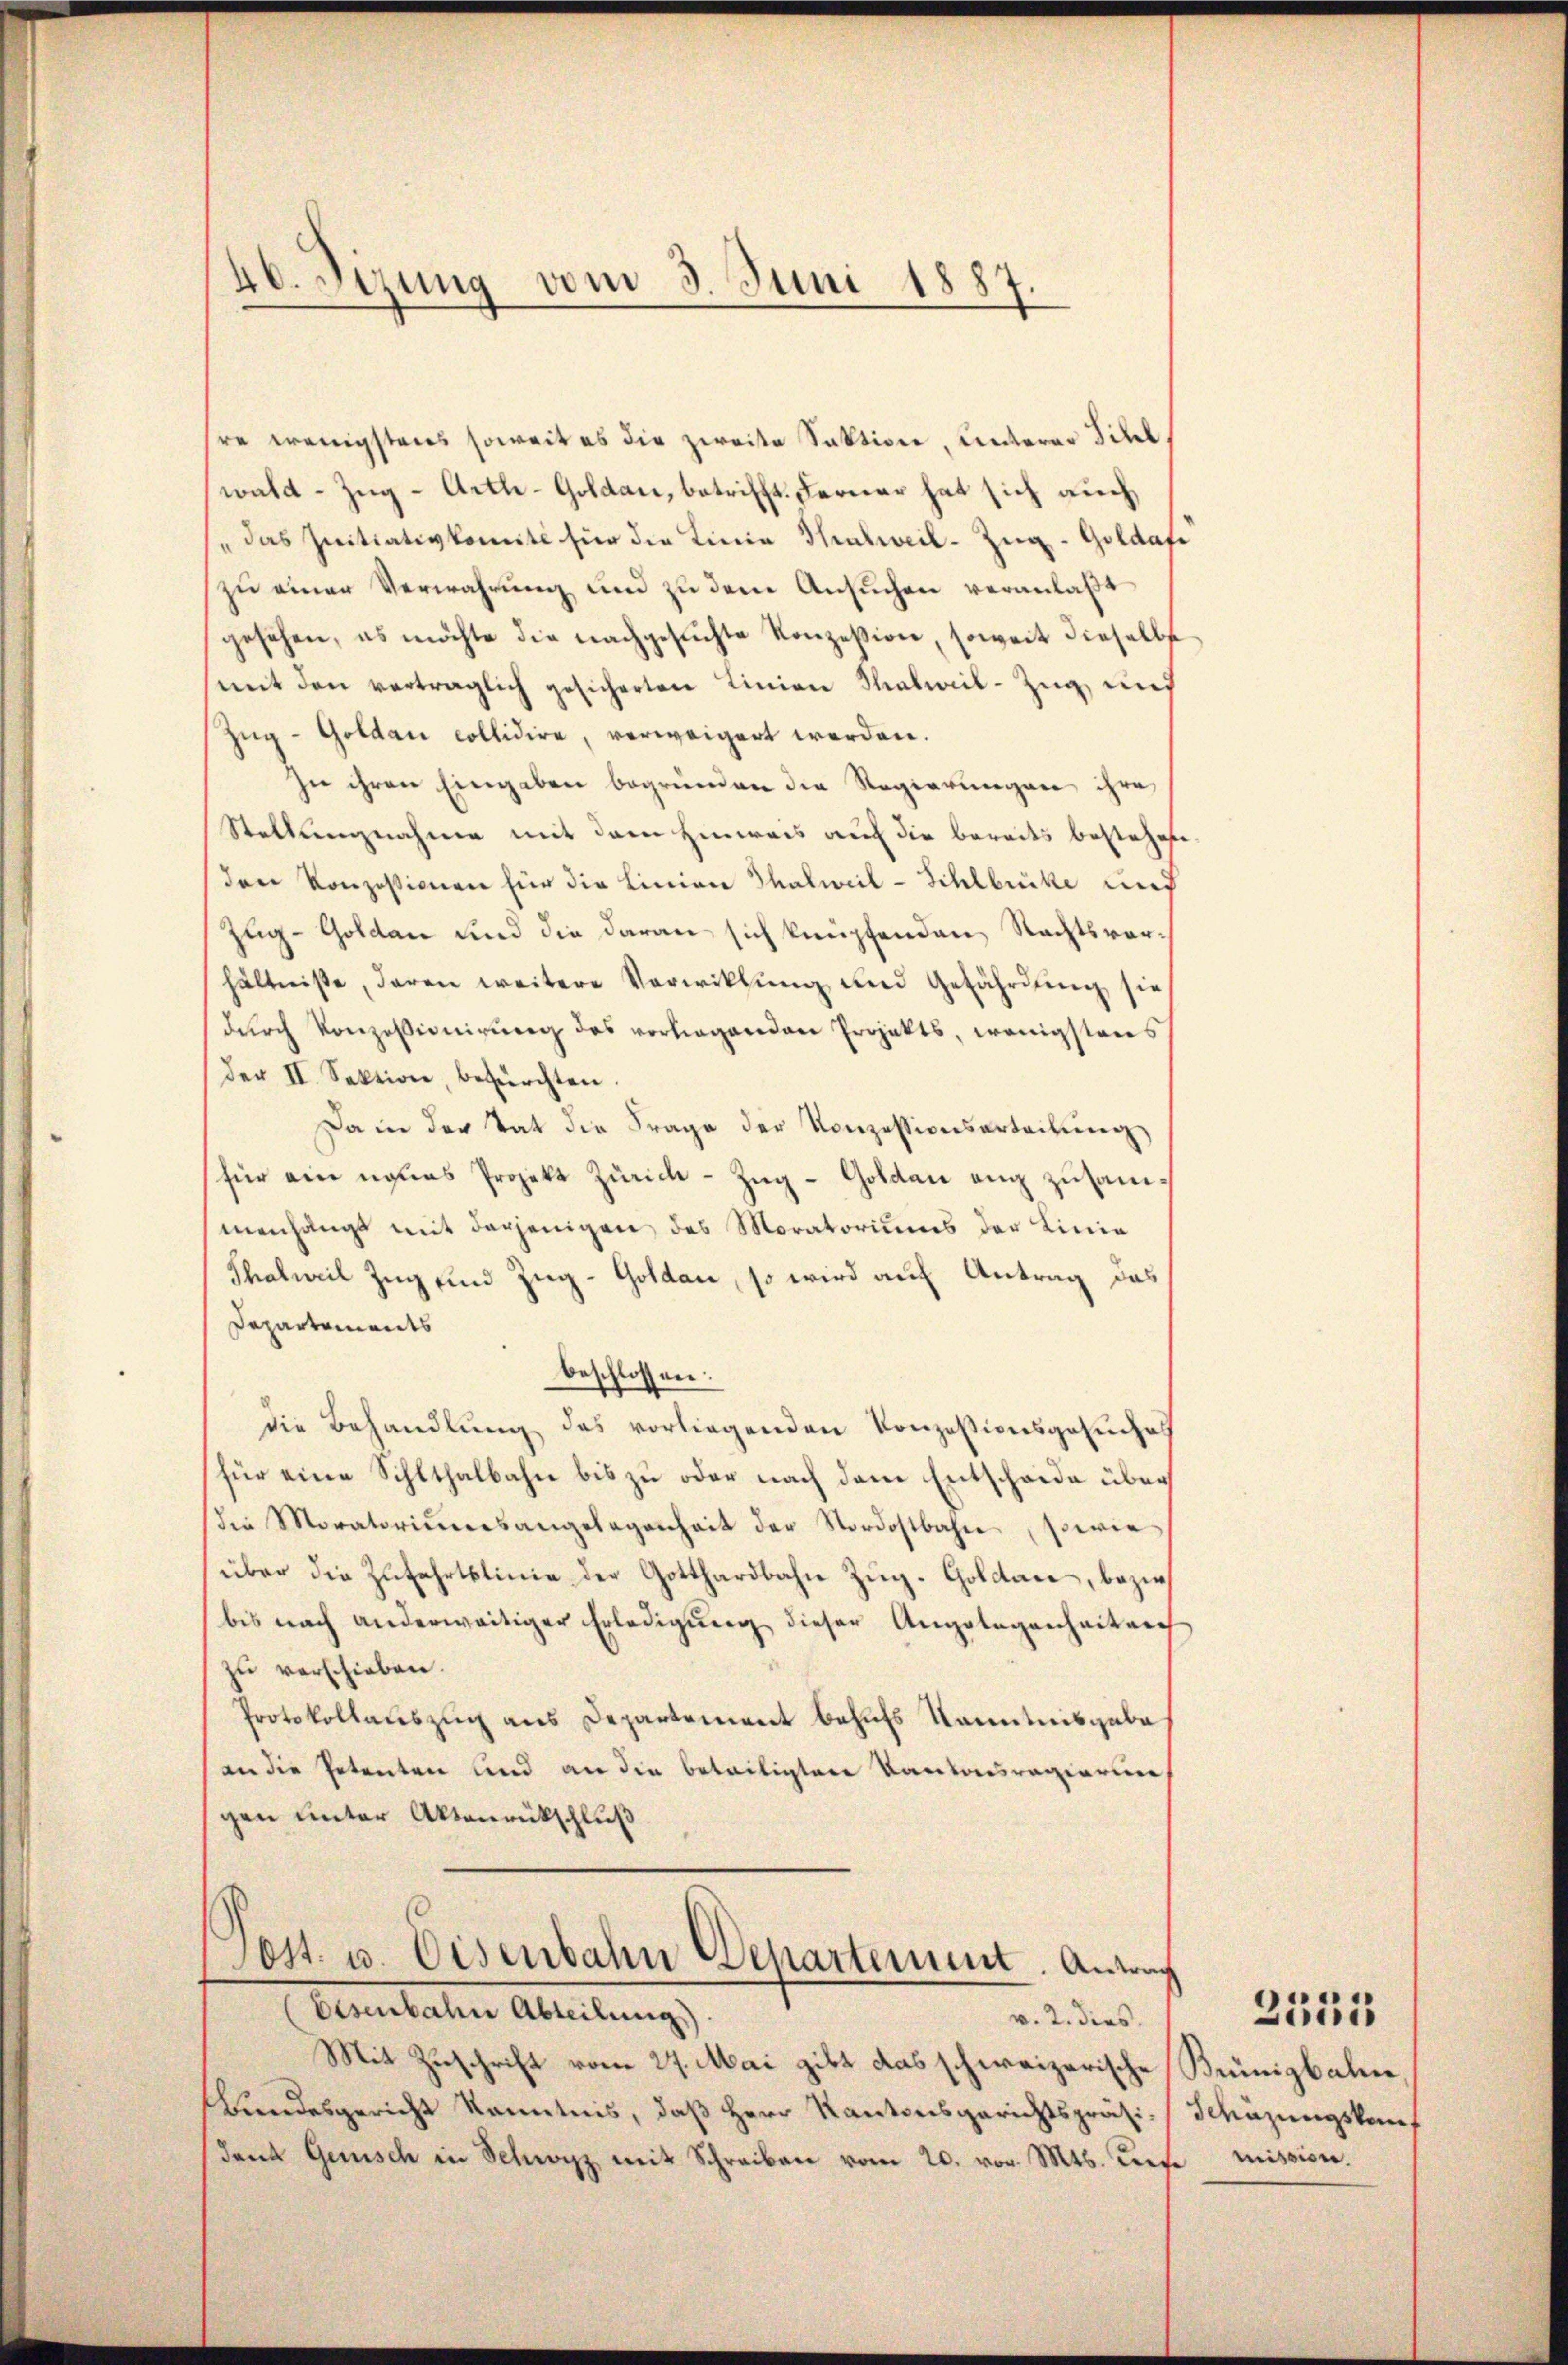
46. Sizung vom 3. Juni 1887.

re wenigstens soweit es die zweite Sektion, unterer Sihlwald-Zug-Arth-Goldau, betrifft. Ferner hat sich auch
se das Initiativkomite für die Linie Thalweil-Zŭg-Goldafe
zŭ einer Verwahrŭng und zu dem Ansŭchen veranlaßt
gesehen, es möchte die nachgesŭchte Konzession, soweit dieselbe
mit den vertraglich gesicherten Linien Malwil-Zug, und
Zŭg-Goldau collidire, verweigert werden.
In ihren Eingaben begründen die Regierungen ihre
Stellungnahme mit dem Hinweis auf die bereits bestehen
den Konzessionen für die Linien Thalweil-Sihlbrücke und
Zug-Golden und die daran sich knüpfenden Rechtsvorhältniße, daran weitere Verwicklung und Gefährdung sie
dŭrch Konzessionirung des vorliegenden Projekts, wenigstens
Der II. Sektion, befürchten.
Da in der Tat die Frage der Konzessionsarteilung
für ein neues Projekt Zürich-Zŭg-Goldau eng zusammanhängt mit derjenigen des Moratoriums der Linie
Thalweil Zug und Zug-Goldau, so wird auf Antrag das
Departements
beschlossen:
die Behandlŭng des vorliegenden Konzessionsgesuches
für eine Sihlthalbahn bis zu oder nach dem Entscheide über
die Moratoriumesangelegenheit der Nordostbahn, sowie
über die Zŭfahrtslinie der Gotthardbahn Zŭg-Goldare, bezir
bis nach anderweitiger Erledigŭng dieser Angelegenheit auf
zu verschieben.
Protokollauszug aus Departement behufs Kenntnisgabe
(an die Petenten und an die beteiligten Kantonsregierine
gen unter Aktenrückschluß

Pott. u. Eisenbahn Departement. Antrag
Eisenbahn Abteilungs
v. 2. dies

Mit Zuschrift vom 27. Mai zikt das schweizerische Brünigbahne,
Bundesgericht Kenntnis, daß Herr Kantonsgerichtspräsidend Gemisch in Schwyz mit Schreiben vom 20. vor. Mts. Liefe mission.

Schüzungskom

2511